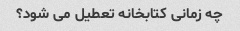
چه زمانی کتابخانه تعطیل می شود؟